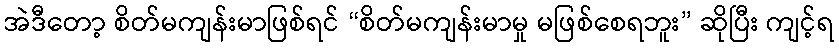
အဲဒီတော့ စိတ်မကျန်းမာဖြစ်ရင် “စိတ်မကျန်းမာမှု မဖြစ်စေရဘူး” ဆိုပြီး ကျင့်ရ